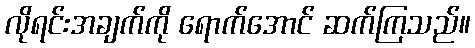
လိုရင်းအချက်ကို ရောက်အောင် ဆက်ကြသည်။